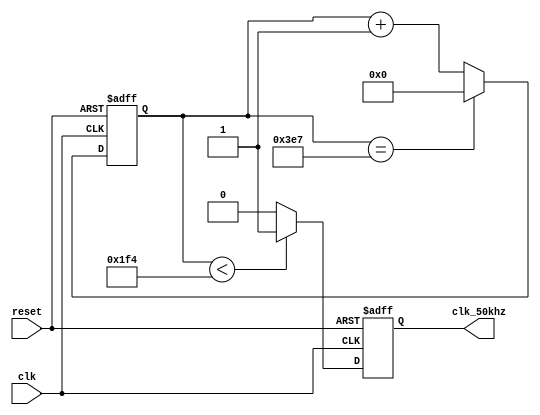
module div_50m  (
    clk,
    clk_50khz,
    reset
);

input clk;
output reg clk_50khz;
input reset;

reg [31:0] cnt32;

always @(posedge clk or posedge reset)
begin
    if(reset)
    begin
        cnt32 <= 32'd0;
    end
    else
    begin
        if(cnt32 == 32'd999)
        begin
            cnt32 <= 32'd0;
        end
        else
        begin
            cnt32 <= cnt32 + 1;
        end
    end
end

always @(posedge clk or posedge reset)
begin
    if(reset)
    begin
        clk_50khz <= 1'd0;
    end
    else if(cnt32 < 32'd500)
    begin
        clk_50khz <= 1'd1;
    end
    else 
    begin
        clk_50khz <= 1'd0;
    end
end

    
endmodule